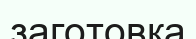
заготовка